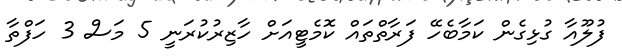
ފުލޫއާ ގުޅިގެން ކަމާބެހޭ ފަރާތްތައް ކޮމެޓީއަށް ހާޒިރުކުރަނީ 5 މަސް 3 ހަފްތާ